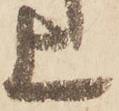
上